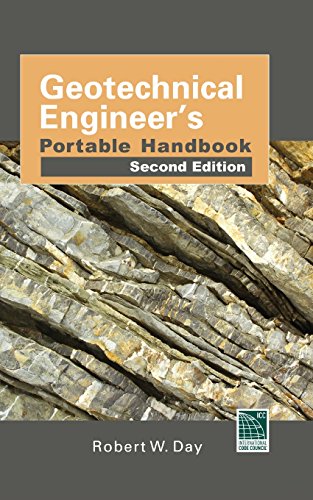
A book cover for Geotechnical Engineers Portable Handbook, Second Edition; Robert Day; Science & Math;